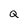
Character: Q